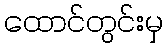
ထောင်တွင်းမှ